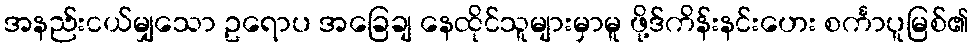
အနည်းငယ်မျှသော ဥရောပ အခြေချ နေထိုင်သူများမှာမူ ဖို့ဒ်ကိန်းနင်းဟေး စင်္ကာပူမြစ်၏